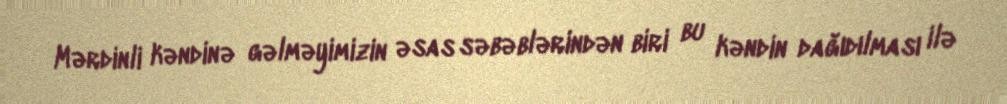
Mərdinli kəndinə gəlməyimizin əsas səbəblərindən biri bu kəndin dağıdılması ilə